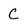
Character: C